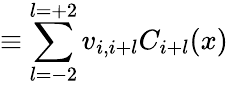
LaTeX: \equiv\sum_{l=-2}^{l=+2}v_{i,i+l}C_{i+l}(x)